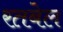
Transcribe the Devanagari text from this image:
रतबेल